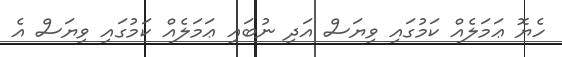
ހެޔޮ ޢަމަލެއް ކަމުގައި ވިޔަސް އަދި ނުބައި ޢަމަލެއް ކަމުގައި ވިޔަސް އެ